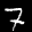
Label: 7